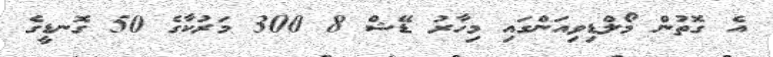
އެ ގޮތުން މޯލްޑިވިއަންގައި މިހާރު ޑޭޝް 8 300 މަރުކާގެ 50 ގޮނޑީގެ